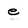
Character: e